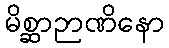
မိစ္ဆာဉာဏိနော